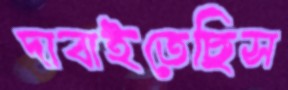
দাবাইতেছিস